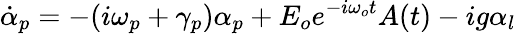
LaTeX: \dot{\alpha}_{p}=-(i\omega_{p}+\gamma_{p})\alpha_{p}+E_{o}e^{-i\omega_{o}t}A(t)-ig\alpha_{l}